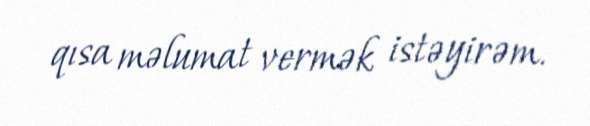
qısa məlumat vermək istəyirəm.